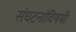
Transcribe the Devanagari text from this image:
संघटनांविषयी